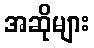
အဆိုများ